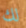
لك